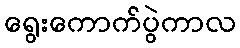
ရွေးကောက်ပွဲကာလ